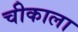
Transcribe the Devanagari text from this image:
चीकाला